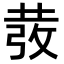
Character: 𭣵